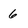
Character: 6